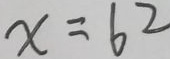
x = 6 2